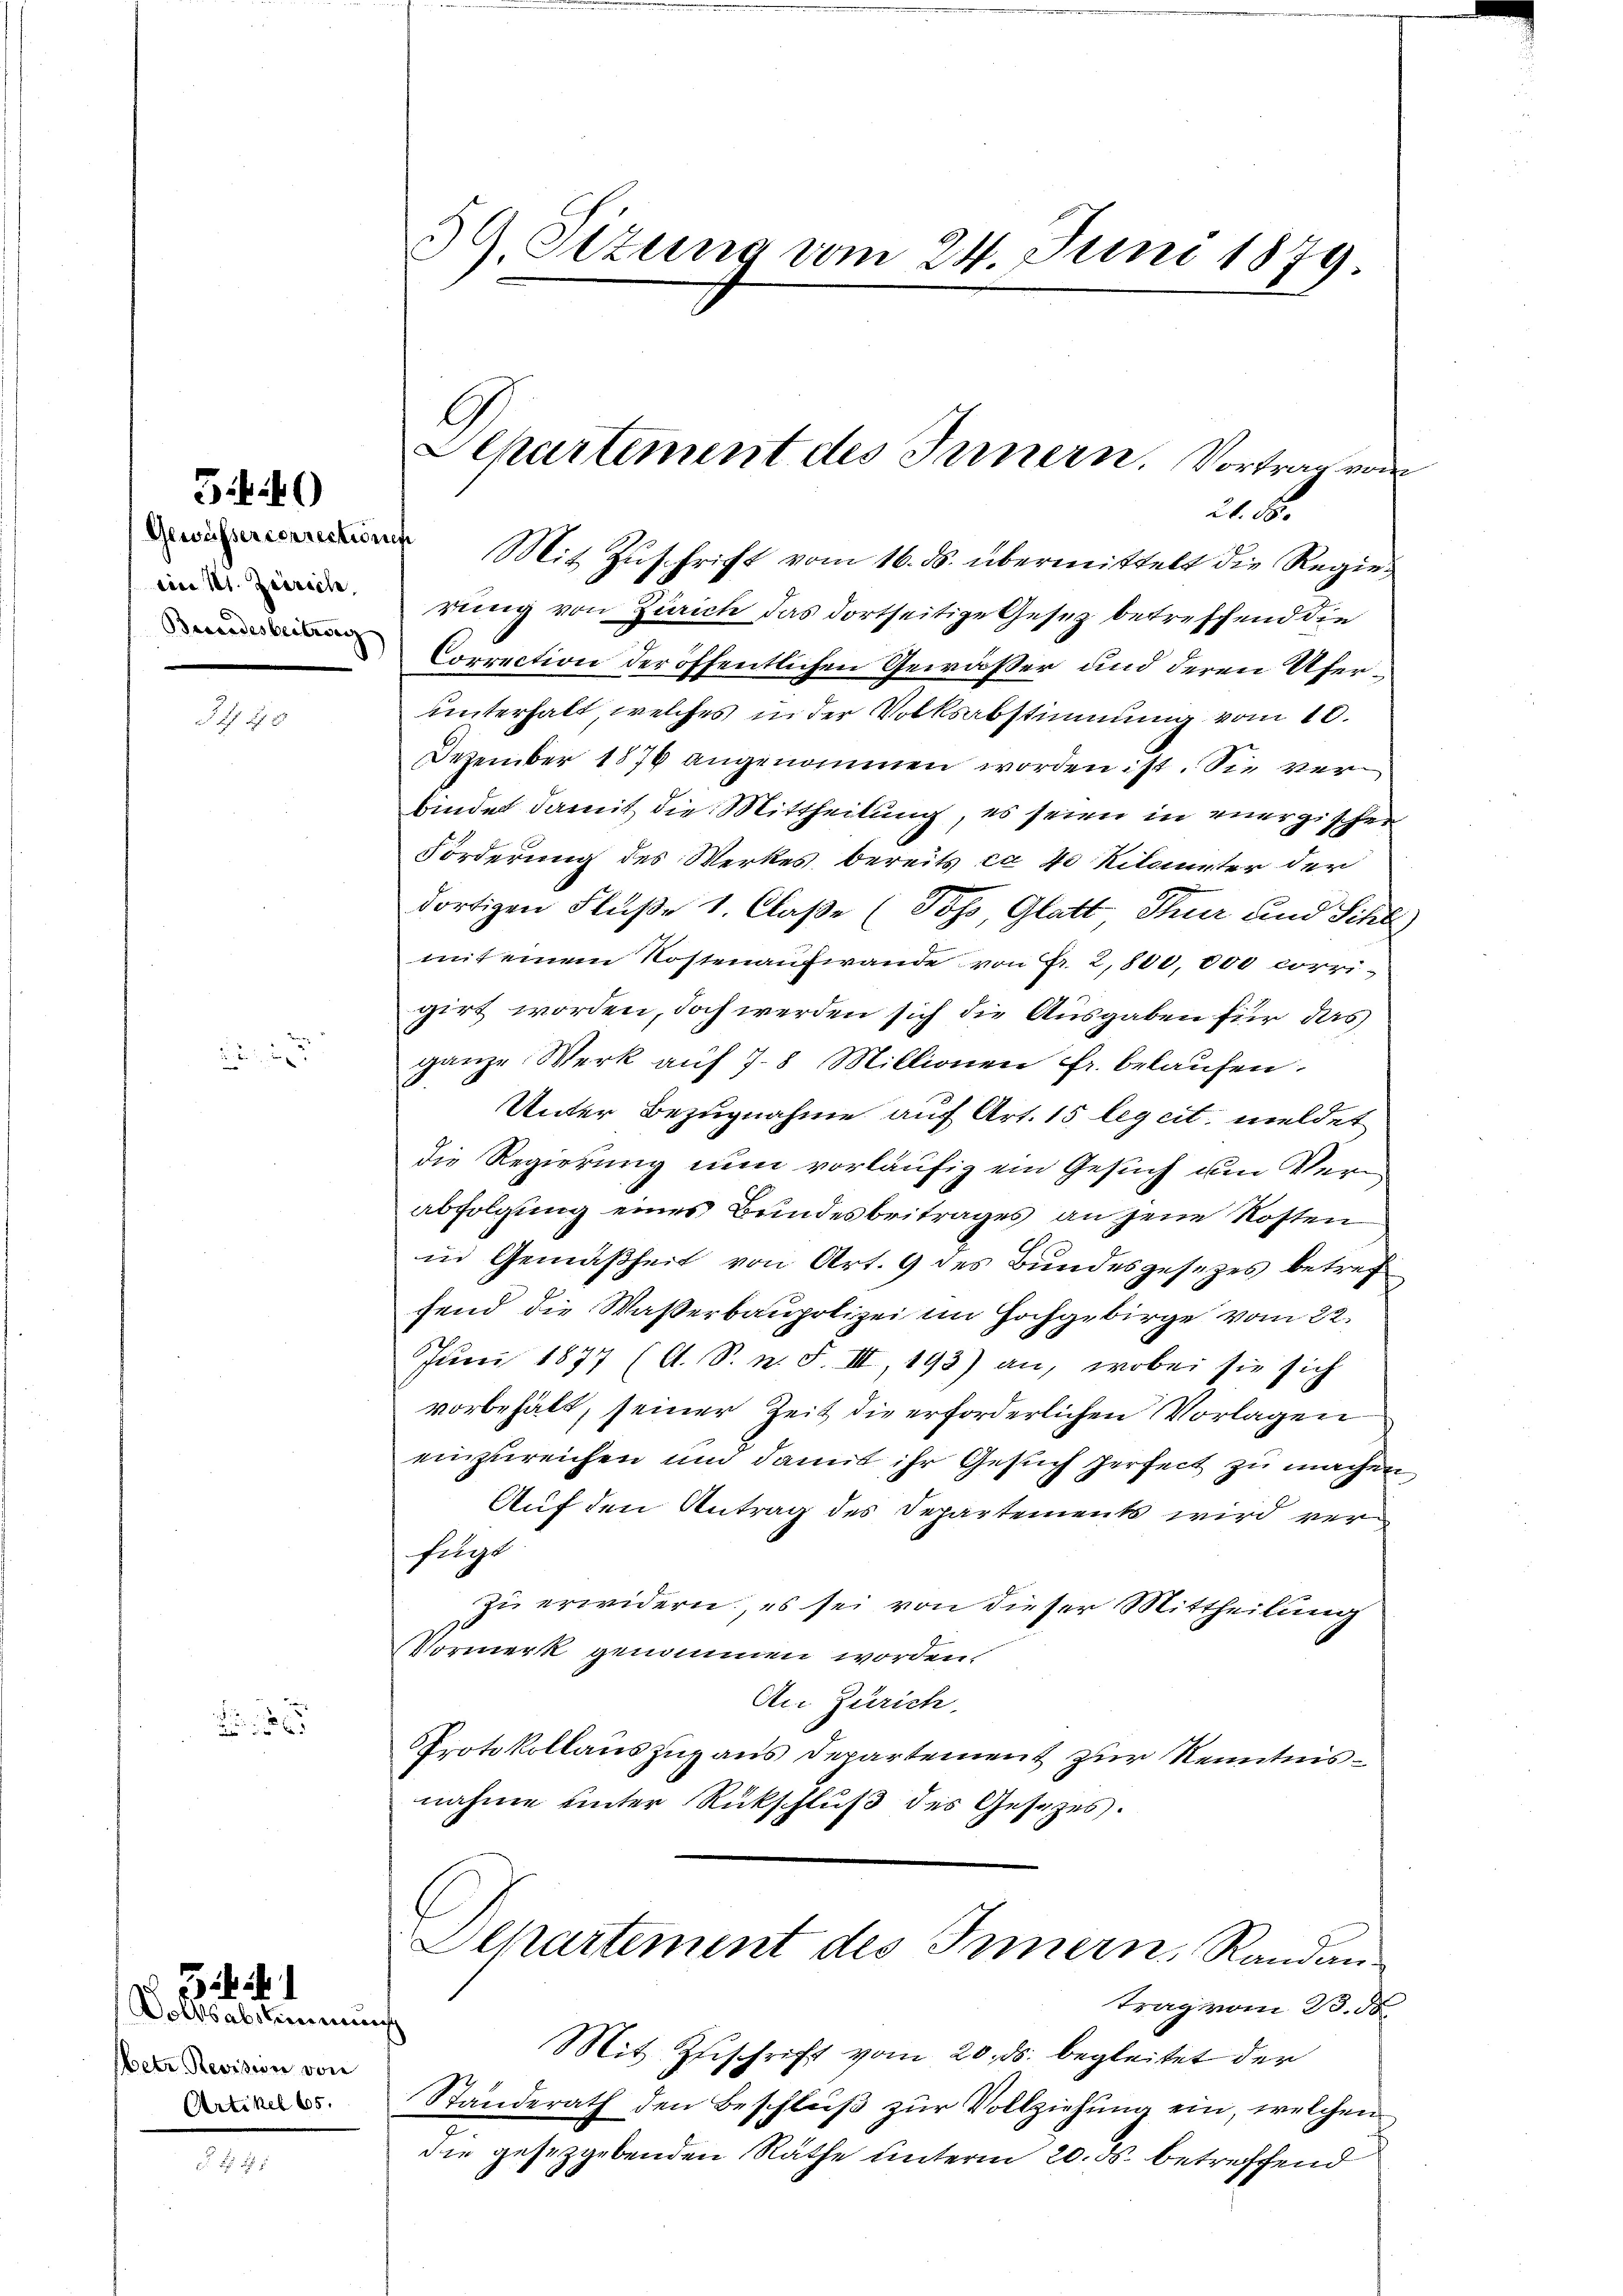
5.40

cino Kt. Zuersch
Besondesbeitrag

2

Volksabstimmung
etr Revision von
Artikel 65.

5

59. Sizung vom 24. Juni 1879

Aepartement des Innern. Vortrag von
21. F.
 Mit Zuschrift vom 16. ds. übermittelt die Regie¬

rung von Zürich, das dortseitige Gesetz betreffend die
Correction der öffentlichen Gewäßer und deren Uferunterhalt, welches in der Volksabstimmung vom 10.
Dezember 1876 angenommen worden ist. Sie verbindet damit die Mittheilung, es seien in energischer
Forderung des Werkes bereits ca 40 Kilounter der
dortigen Flüße 1. Claße (Toss, Glatt Thur und Schle
mit einem Kostenaufwande von Fr. 2,800,000 corrigirt worden, doch werden sich die Ausgaben für das
ganze Werk auf 7-8 Millionen fr. belaufen.
Unter Bezugnahme auf Art. 15 legeit meldet
die Regierung nun vorläufig ein Gesuch um Verabfolgung eines Bundesbeitrages an jene Kosten
in Gemäßheit von Art. 9 des Bundesgesezes betreffend die Wasserbaupolizei im Hochgebirge vom 22.
Juni 1877 (A. S. n. F. III, 193) an, wobei sie sich
vorbehält, seiner Zeit die erforderlichen Vorlagen
einzureichen und damit ihr Gesuch zerseit zu machen
Auf den Antrag des Departements wird verfügt
zu erwidern, es sei von dieser Mittheilung
Vormerk genommen worden.
An Zürich.
Protokollauszuzaus Departement zur Kenntnisnahme unter Rückschluß des Gesetzes.
Alkartement des Innern, Randan-
trag vom 23. d.
Mit Zuschrift vom 20. ds. begleitet der
Standerath den Beschluβ zŭr Vollziehŭng ein, welchen
die gesetzgebenden Räthe unterm 20. ds. betreffend